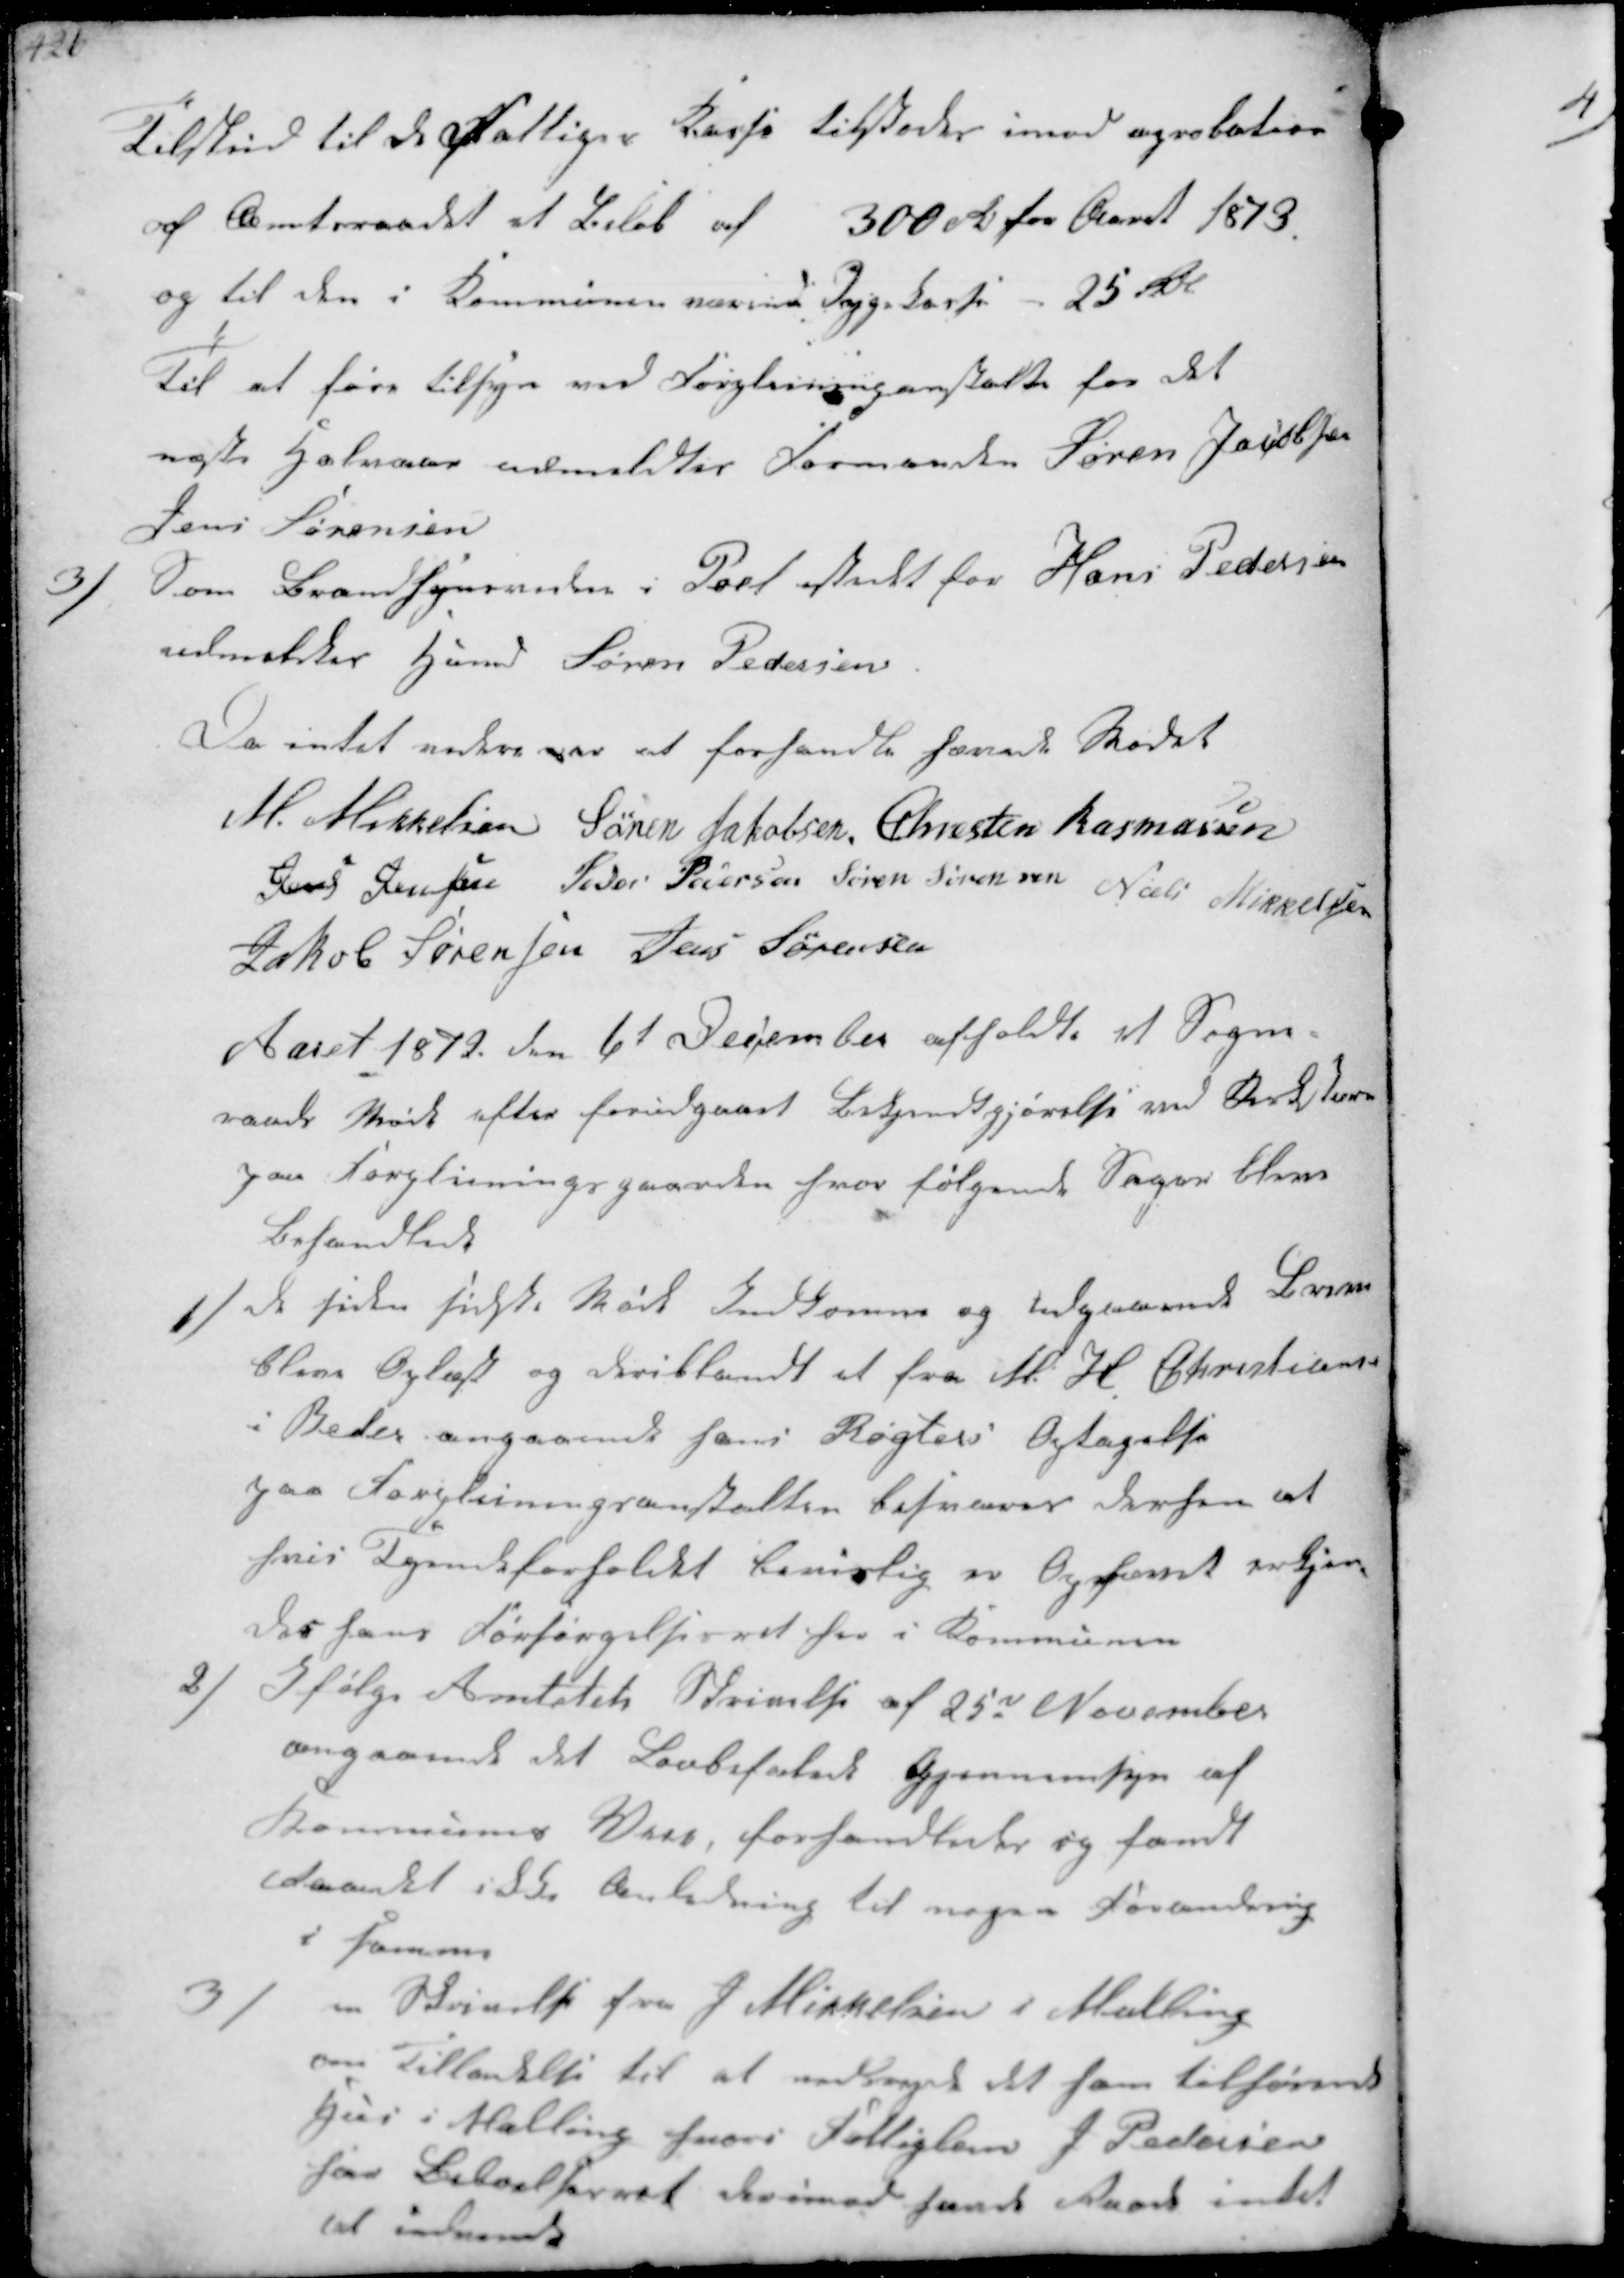
Transskription:
Tilskud til de fattiges kasse tilstedes imod aprobation
af Amtsraadet et Beløb af 300 Rdl for Aaret 1873. 
og til den i Kommunen værende Sygekasse- 25 Rdl
Til at føre tilsyn ved Forplejninganstalten for det
næste Halvaar udmeldtes Formanden Søren Jacobsen
Jens Sørensen

3/
som Brandsynsvidne i Pøel istedet for Hans Pedersen
udmeldtes Hmd Søren Pedersen 
Da intet videre var at forhandle hævedes Mødet
M. Mikkelsen Søren Jakobsen Chresten Rasmussen
Jens Jensen Peder Pedersen Søren Sørensen Niels Mikkelsen
Jakob Sørensen Jens Sørensen
Aaret 1872 den 6t December afholdte et Sogne-
raads Møde efter forudgaaet Bekjendtgjørelse ved Kirkstævne
paa Forplejningsgaarden hvor følgende Sager bleve
behandlede

1/
de siden sidste Mødt Indkomme og udgaaende Breve
bleve Oplæst og deriblandt et fra M. H Christiansen
i Beder angaaende hans Røgters Optagelse
paa Forplejningsantalten besvares derhen at
hvis Tyendeforholdet bevislig er ophævet erkjen-
des hans Forsørgelsesret her i Kommunen

2/
Ifølge Amtatets Skrivelse af 25de November
angaaende det Lovbefalede Gjennemsyn af
Kommunens Veje, forhandledes og fandt
Raadet ikke Anledning til nogen Forandring
i samme

3/
Skrivelse fra J Mikkelsen i Malling
om Tilladelse til at  det ham tilhørende
Hus i Malling hvori Fattiglem J Pedersen
har Beboelsesret derimod havde Raade intet
det indvende